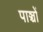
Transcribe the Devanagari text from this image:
पाञ्चों